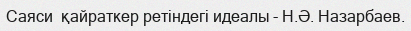
Саяси  қайраткер ретіндегі идеалы - Н.Ә. Назарбаев.